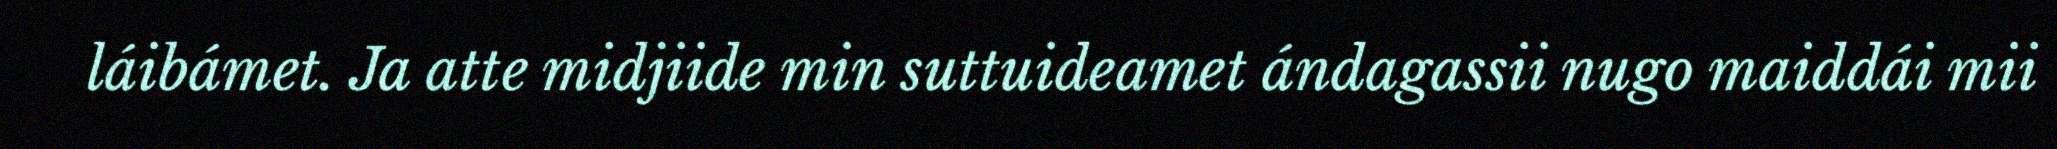
láibámet. Ja atte midjiide min suttuideamet ándagassii nugo maiddái mii